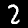
Label: 2